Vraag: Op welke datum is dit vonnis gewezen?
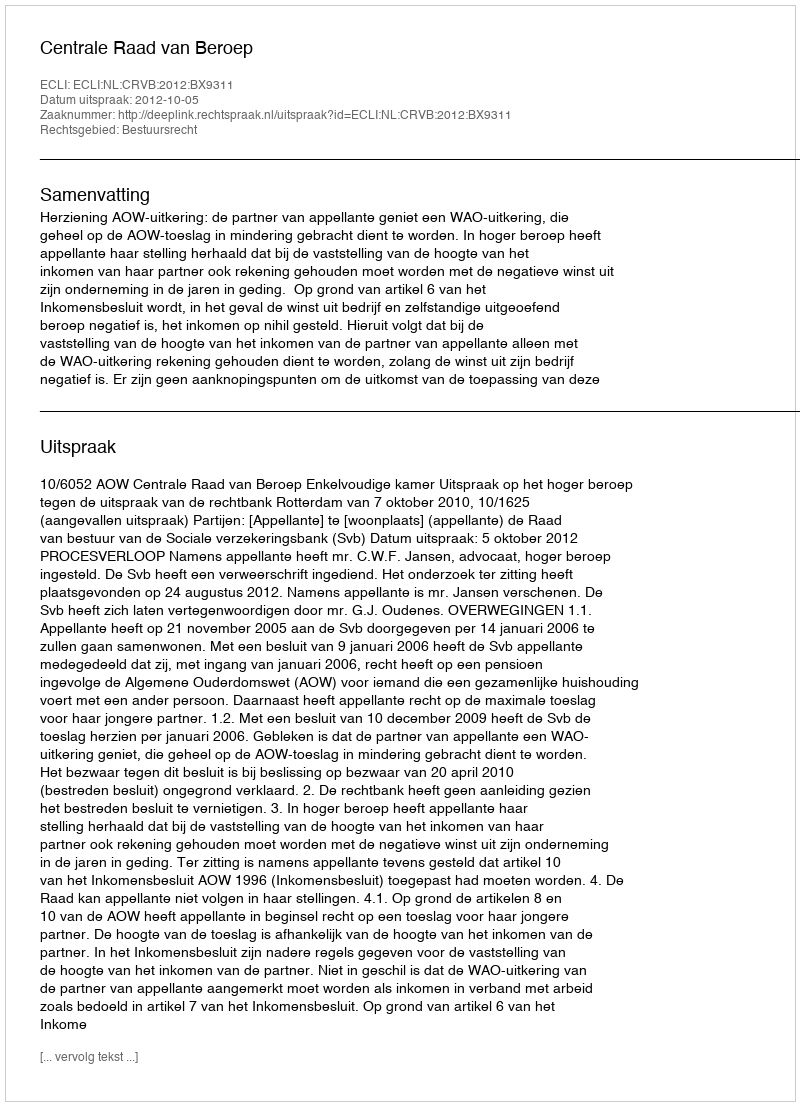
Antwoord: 2012-10-05